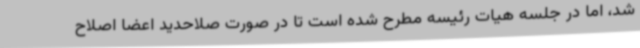
شد، اما در جلسه هیات رئیسه مطرح شده است تا در صورت صلاحدید اعضا اصلاح